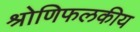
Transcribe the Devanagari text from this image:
श्रोणिफलकीय